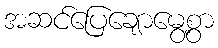
အဆင်ပြေချောမွေ့စွာ